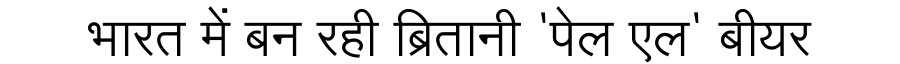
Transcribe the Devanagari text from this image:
भारत में बन रही ब्रितानी 'पेल एल' बीयर